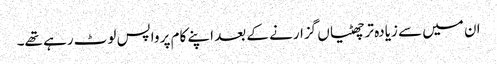
ان میں سے زیادہ تر چھٹیاں گزارنے کے بعد اپنے کام پر واپس لوٹ رہے تھے۔